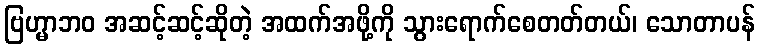
ဗြဟ္မာဘဝ အဆင့်ဆင့်ဆိုတဲ့ အထက်အဖို့ကို သွားရောက်စေတတ်တယ်၊ သောတာပန်